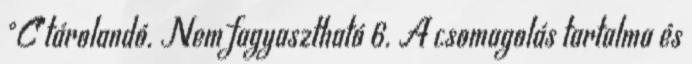
°C tárolandó. Nem fagyasztható 6. A csomagolás tartalma és